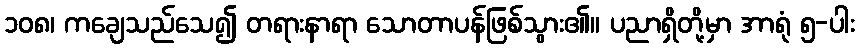
၁၀၈၊ ကချေသည်သေ၍ တရားနာရာ သောတာပန်ဖြစ်သွား၏။ ပညာရှိတို့မှာ အာရုံ ၅-ပါး